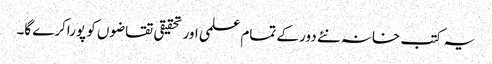
یہ کتب خانہ نئے دور کے تمام علمی اور تحقیقی تقاضوں کو پوراکرے گا۔